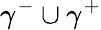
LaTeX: \gamma^{-}\cup\gamma^{+}